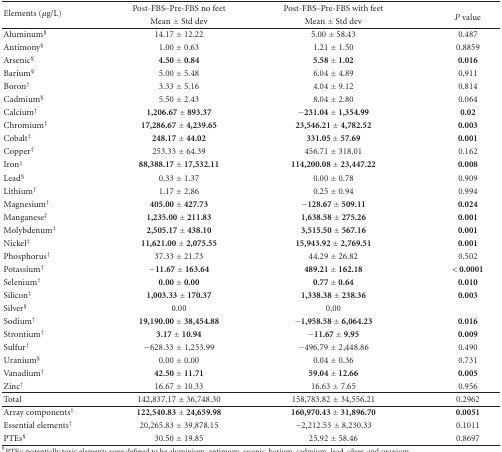
<table><thead><tr><td rowspan="2"><b>Elements (<i>μ</i>g/L)</b></td><td><b>Post-FBS–Pre-FBS no feet</b></td><td><b>Post-FBS–Pre-FBS with feet</b></td><td rowspan="2"><b><i>P </i>value</b></td></tr><tr><td><b>Mean ± Std dev</b></td><td><b>Mean ± Std dev</b></td></tr></thead><tbody><tr><td>Aluminum<sup>§</sup></td><td>14.17 <b>± </b>12.22</td><td>5.00 <b>± </b>58.43</td><td>0.487</td></tr><tr><td>Antimony<sup>§</sup></td><td>1.00 <b>± </b>0.63</td><td>1.21 <b>± </b>1.50</td><td>0.8859</td></tr><tr><td>Arsenic<sup>§</sup></td><td><b>4.50 ± 0.84</b></td><td><b>5.58 ± 1.02</b></td><td><b>0.016</b></td></tr><tr><td>Barium<sup>§</sup></td><td>5.00 <b>± </b>5.48</td><td>6.04 <b>± </b>4.89</td><td>0.911</td></tr><tr><td>Boron<sup>†</sup></td><td>3.33 <b>± </b>5.16</td><td>4.04 <b>± </b>9.12</td><td>0.814</td></tr><tr><td>Cadmium<sup>§</sup></td><td>5.50 <b>± </b>2.43</td><td>8.04 <b>± </b>2.80</td><td>0.064</td></tr><tr><td>Calcium<sup>†</sup></td><td><b>1,206.67 ± 893.37</b></td><td><b>−231.04 ± 1,354.99</b></td><td><b>0.02</b></td></tr><tr><td>Chromium<sup>‡</sup></td><td><b>17,286.67 ± 4,239.65</b></td><td><b>23,546.21 ± 4,782.52</b></td><td><b>0.003</b></td></tr><tr><td>Cobalt<sup>‡</sup></td><td><b>248.17 ± 44.02</b></td><td><b>331.05 ± 57.69</b></td><td><b>0.001</b></td></tr><tr><td>Copper<sup>‡</sup></td><td>253.33 <b>± </b>64.39</td><td>456.71 <b>± </b>318.01</td><td>0.162</td></tr><tr><td>Iron<sup>‡</sup></td><td><b>88,388.17 ± 17,532.11</b></td><td><b>114,200.08 ± 23,447.22</b></td><td><b>0.008</b></td></tr><tr><td>Lead<sup>§</sup></td><td>0.33 <b>± </b>1.37</td><td>0.00 <b>± </b>0.78</td><td>0.909</td></tr><tr><td>Lithium<sup>†</sup></td><td>1.17 <b>± </b>2.86</td><td>0.25 <b>± </b>0.94</td><td>0.994</td></tr><tr><td>Magnesium<sup>†</sup></td><td><b>405.00 ± 427.73</b></td><td><b>−128.67 ± 509.11</b></td><td><b>0.024</b></td></tr><tr><td>Manganese<sup>‡</sup></td><td><b>1,235.00 ± 211.83</b></td><td><b>1,638.58 ± 275.26</b></td><td><b>0.001</b></td></tr><tr><td>Molybdenum<sup>‡</sup></td><td><b>2,505.17 ± 438.10</b></td><td><b>3,515.50 ± 567.16</b></td><td><b>0.001</b></td></tr><tr><td>Nickel<sup>‡</sup></td><td><b>11,621.00 ± 2,075.55</b></td><td><b>15,943.92 ± 2,769.51</b></td><td><b>0.001</b></td></tr><tr><td>Phosphorus<sup>†</sup></td><td>37.33 <b>± </b>21.73</td><td>44.29 <b>± </b>26.82</td><td>0.502</td></tr><tr><td>Potassium<sup>†</sup></td><td><b>−11.67 ± 163.64</b></td><td><b>489.21 ± 162.18</b></td><td><b>&lt; 0.0001</b></td></tr><tr><td>Selenium<sup>†</sup></td><td><b>0.00 ± 0.00</b></td><td><b>0.77 ± 0.64</b></td><td><b>0.010</b></td></tr><tr><td>Silicon<sup>‡</sup></td><td><b>1,003.33 ± 170.37</b></td><td><b>1,338.38 ± 238.36</b></td><td><b>0.003</b></td></tr><tr><td>Silver<sup>§</sup></td><td>0.00</td><td>0.00</td><td></td></tr><tr><td>Sodium<sup>†</sup></td><td><b>19,190.00 ± 38,454.88</b></td><td><b>−1,958.58 ± 6,064.23</b></td><td><b>0.016</b></td></tr><tr><td>Strontium<sup>†</sup></td><td><b>3.17 ± 10.94</b></td><td><b>−11.67 ± 9.95</b></td><td><b>0.009</b></td></tr><tr><td>Sulfur<sup>†</sup></td><td>−628.33 ± 1,253.99</td><td>−496.79 ± 2,448.86</td><td>0.490</td></tr><tr><td>Uranium<sup>§</sup></td><td>0.00 <b>± </b>0.00</td><td>0.04 <b>± </b>0.36</td><td>0.731</td></tr><tr><td>Vanadium<sup>†</sup></td><td><b>42.50 ± 11.71</b></td><td><b>59.04 ± 12.66</b></td><td><b>0.005</b></td></tr><tr><td>Zinc<sup>†</sup></td><td>16.67 <b>± </b>10.33</td><td>16.63 <b>± </b>7.65</td><td>0.956</td></tr><tr><td>Total</td><td>142,837.17 <b>± </b>36,748.30</td><td>158,783.82 <b>± </b>34,556.21</td><td>0.2962</td></tr><tr><td>Array components<sup>‡</sup></td><td><b>122,540.83 ± 24,659.98</b></td><td><b>160,970.43 ± 31,896.70</b></td><td><b>0.0051</b></td></tr><tr><td>Essential elements<sup>†</sup></td><td>20,265.83 <b>± </b>39,878.15</td><td>−2,212.53 <b>± </b>8,230.33</td><td>0.1011</td></tr><tr><td>PTEs<sup>§</sup></td><td>30.50 <b>± </b>19.85</td><td>25.92 <b>± </b>58.46</td><td>0.8697</td></tr></tbody></table>